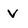
Character: V